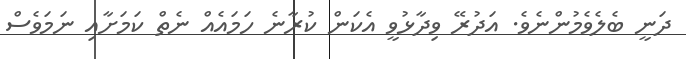
ދަނީ ބެލެވެމުންނެވެ. އަދުރޭ ވިދާޅުވީ އެކަން ކުރާނެ ހަމައެއް ނެތް ކަމަށާއި ނަމަވެސް